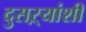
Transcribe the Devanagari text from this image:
दुसऱ्यांशी